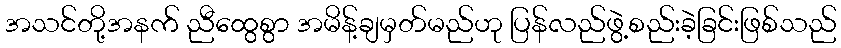
အသင်တို့အနက် ညီထွေစွာ အမိန့်ချမှတ်မည်ဟု ပြန်လည်ဖွဲ့စည်းခဲ့ခြင်းဖြစ်သည်